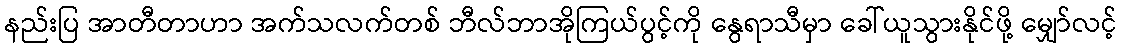
နည်းပြ အာတီတာဟာ အက်သလက်တစ် ဘီလ်ဘာအိုကြယ်ပွင့်ကို နွေရာသီမှာ ခေါ်ယူသွားနိုင်ဖို့ မျှော်လင့်